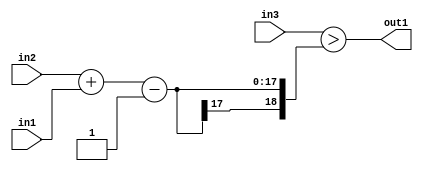
`timescale 1ps / 1ps
/*****************************************************************************
    Verilog RTL Description
    
    
    Created by: Stratus DpOpt 2019.1.01 
*******************************************************************************/

module st_feature_addr_gen_GtSubi1Add2u8u16u16_4_4 (
	in3,
	in2,
	in1,
	out1
	); /* architecture "behavioural" */ 
input [15:0] in3,
	in2;
input [7:0] in1;
output  out1;
wire  asc001;
wire [18:0] asc002;
wire [17:0] asc003;

wire [17:0] asc003_tmp_0;
assign asc003_tmp_0 = 
	+(in2)
	+(in1);
assign asc003 = asc003_tmp_0
	-(18'B000000000000000001);

assign asc002 = {asc003[17], asc003};

assign asc001 = (in3>asc002);

assign out1 = asc001;
endmodule

/* CADENCE  v7TzQwg= : u9/ySgnWtBlWxVPRXgAZ4Og= ** DO NOT EDIT THIS LINE ******/